Vaccination in Burma 1920-1933 - 1920-1933
Year: 1920
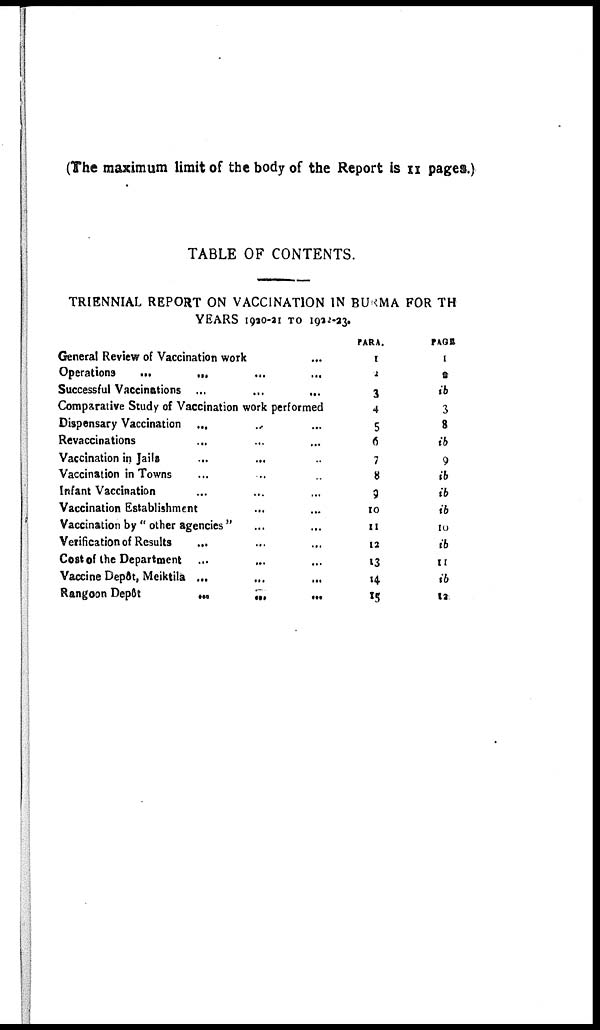
(The maximum limit of the body of the Report is II pages.)
TABLE OF CONTENTS.
TRIENNIAL REPORT ON VACCINATION IN BURMA FOR THE
YEARS 1920-21 TO 1922-23.
General Review of Vaccination work ...
Operations
...
... ... ...
Successful Vaccinations ... ... ...
Comparative Study of Vaccination work performed
Dispensary Vaccination ... ... ...
Revaccinations ... ... ...
Vaccination in Jails ... ... ...
Vaccination in Towns ... ... ...
Infant Vaccination ... ... ...
Vaccination Establishment ... ...
Vaccination by " other agencies " ... ...
Verification of Results
... ... ...
Cost of the Department ... ... ...
Vaccine Depôt, Meiktila ... ... ...
Rangoon Depôt
...
...
...
PARA.
I
2
3
4
5
6
7
8
9
10
11
12
13
14
15
PAGE
I
2
ib
3
8
ib
9
ib
ib
ib
10
ib
11
ib
12